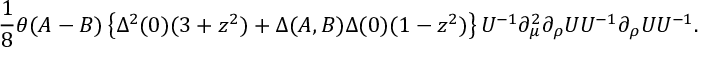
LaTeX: \frac 1 8 \theta ( A - B ) \left\{ \Delta ^ { 2 } ( 0 ) ( 3 + z ^ { 2 } ) + \Delta ( A , B ) \Delta ( 0 ) ( 1 - z ^ { 2 } ) \right\} U ^ { - 1 } \partial _ { \mu } ^ { 2 } \partial _ { \rho } U U ^ { - 1 } \partial _ { \rho } U U ^ { - 1 } .